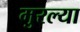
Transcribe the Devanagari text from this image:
मुरल्या